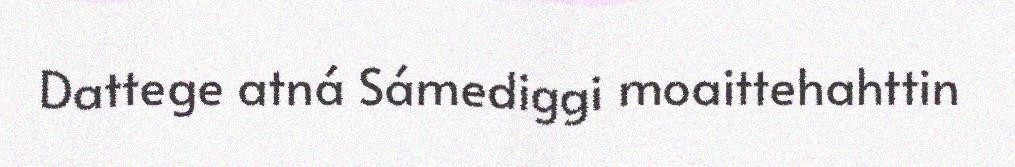
Dattege atná Sámediggi moaittehahttin